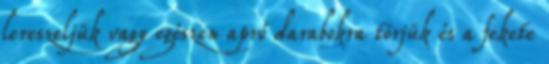
lereszeljük vagy egészen apró darabokra törjük és a fekete